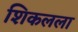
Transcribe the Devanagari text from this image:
शिकलला